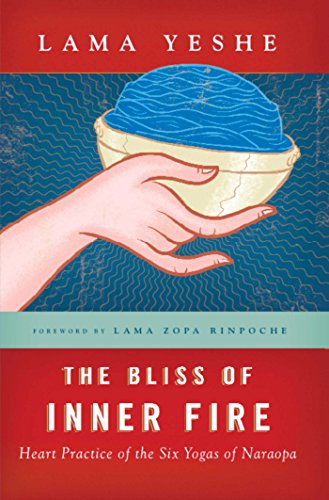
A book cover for The Bliss of Inner Fire: Heart Practice of the Six Yogas of Naropa; Lama Thubten Yeshe; Religion & Spirituality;